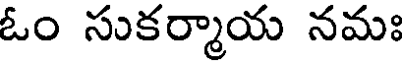
ఓం సుకర్మాయ నమః